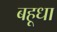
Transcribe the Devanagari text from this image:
बहूधा